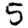
Digit: 5